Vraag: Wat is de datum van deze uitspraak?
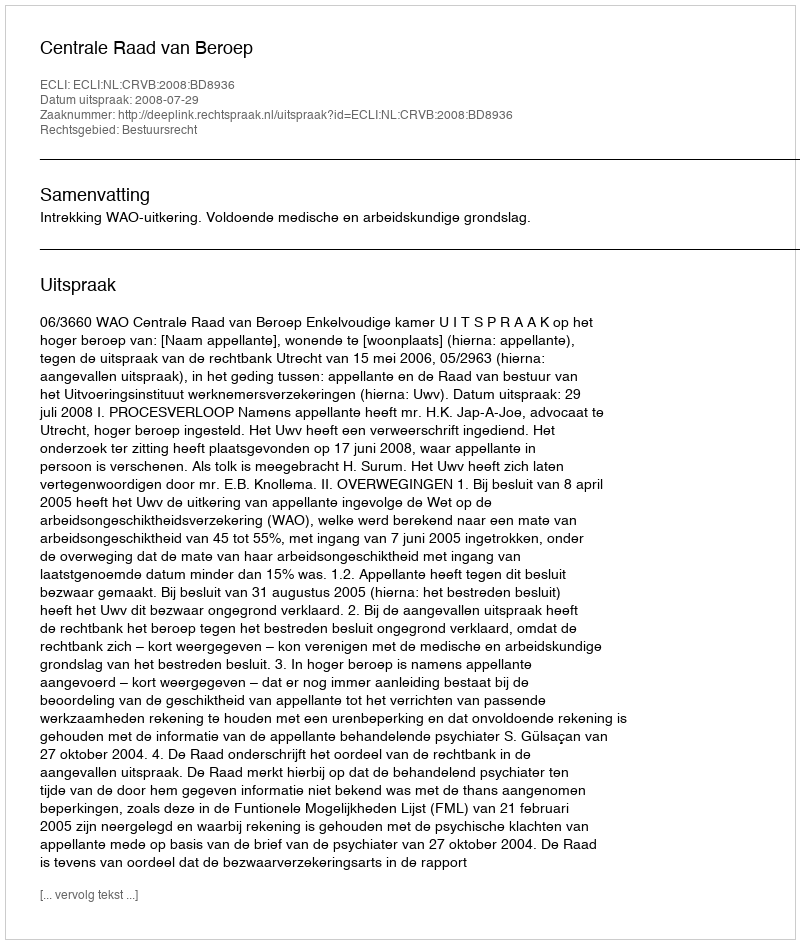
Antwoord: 2008-07-29